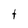
Character: t